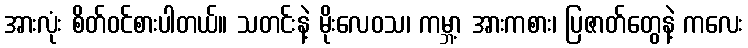
အားလုံး စိတ်ဝင်စားပါတယ်။ သတင်းနဲ့ မိုးလေဝသ၊ ကမ္ဘာ့ အားကစား၊ ပြဇာတ်တွေနဲ့ ကလေး